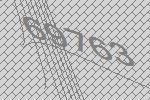
69763